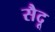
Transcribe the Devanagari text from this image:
सैदू